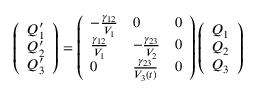
\centering \left( \begin{array} { l } { Q _ { 1 } ^ { \prime } } \\ { Q _ { 2 } ^ { \prime } } \\ { Q _ { 3 } ^ { \prime } } \end{array} \right) = \left( \begin{array} { l l l } { - \frac { \gamma _ { 1 2 } } { V _ { 1 } } } & { 0 } & { 0 } \\ { \frac { \gamma _ { 1 2 } } { V _ { 1 } } } & { - \frac { \gamma _ { 2 3 } } { V _ { 2 } } } & { 0 } \\ { 0 } & { \frac { \gamma _ { 2 3 } } { V _ { 3 } ( t ) } } & { 0 } \end{array} \right) \left( \begin{array} { l } { Q _ { 1 } } \\ { Q _ { 2 } } \\ { Q _ { 3 } } \end{array} \right)